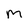
Character: m